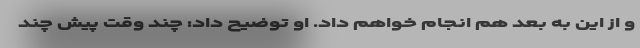
و از این به بعد هم انجام خواهم داد. او توضیح داد: چند وقت پیش چند